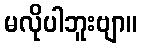
မလိုပါဘူးဗျာ။